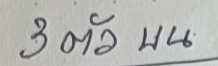
3 ตัว บน